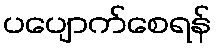
ပပျောက်စေရန်